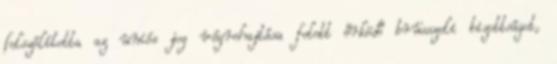
felszólította az uniós jog végrehajtása felett őrködő brüsszeli bizottságot,